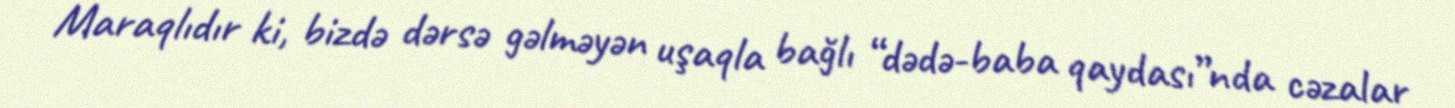
Maraqlıdır ki, bizdə dərsə gəlməyən uşaqla bağlı “dədə-baba qaydası”nda cəzalar